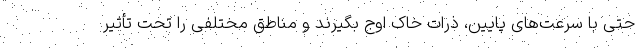
حتی با سرعت‌های پایین، ذرات خاک اوج بگیرند و مناطق مختلفی را تحت تأثیر